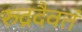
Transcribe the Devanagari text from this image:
रुद्रदैवतं